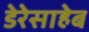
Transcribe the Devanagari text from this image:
डेरेसाहेब